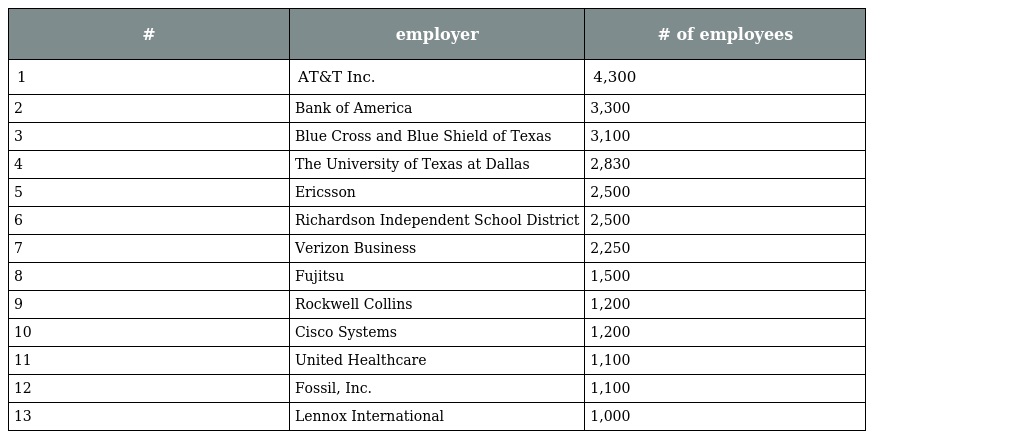
| # | employer | # of employees |
 | --- | --- | --- |
 | 1 | AT&T Inc. | 4,300 |
 | 2 | Bank of America | 3,300 |
 | 3 | Blue Cross and Blue Shield of Texas | 3,100 |
 | 4 | The University of Texas at Dallas | 2,830 |
 | 5 | Ericsson | 2,500 |
 | 6 | Richardson Independent School District | 2,500 |
 | 7 | Verizon Business | 2,250 |
 | 8 | Fujitsu | 1,500 |
 | 9 | Rockwell Collins | 1,200 |
 | 10 | Cisco Systems | 1,200 |
 | 11 | United Healthcare | 1,100 |
 | 12 | Fossil, Inc. | 1,100 |
 | 13 | Lennox International | 1,000 |